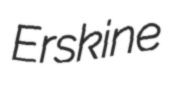
Erskine